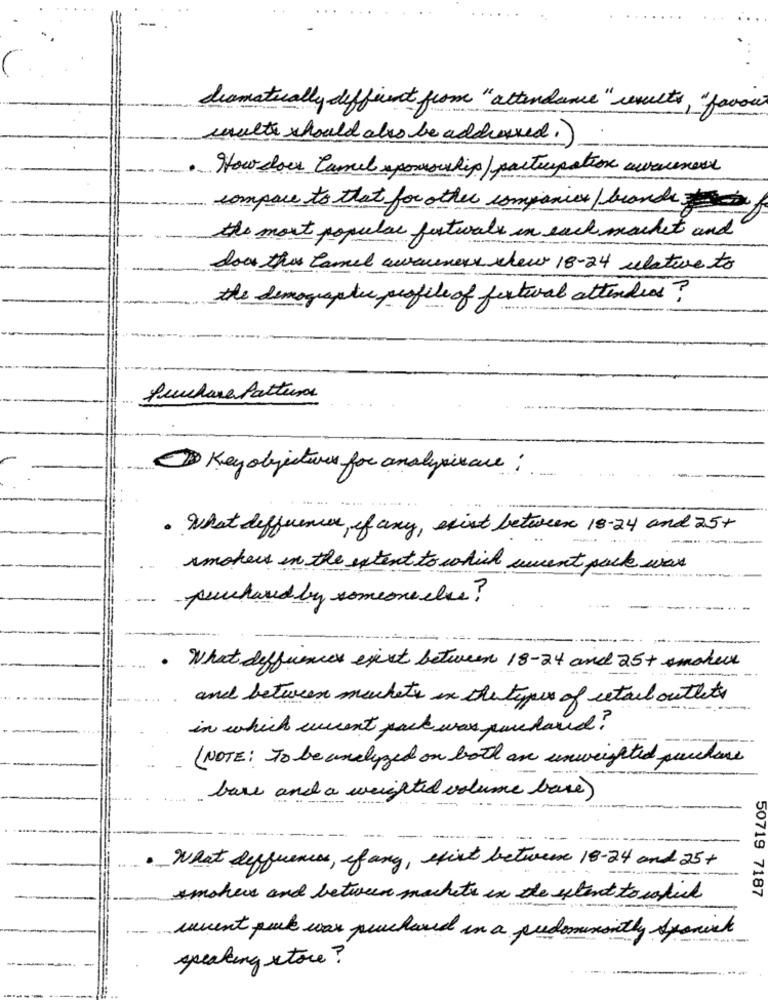
dramatically different from "attendance" results, " favor
wulte should also be addressed.)
How does Camel sponsorship/ participation awareness
compare to that for other companies/ brands
the most popular festwalk in each market and
does this camel awareness shew 18-24 relative to
the demographic profile of festival attendees?
fruhave fattura
Key objectives for analysisace:
-
· What differences, if any, exist between 18-24 and 25+
--
-
smokers in the extent to which current pack was
purchased by someone else ?
· What differences exit between 18-24 and 25+ smaker
and between machetes in the types of retail outlets
in which werent pack was purchased?
(NOTE: To be analyzed on both are unweighted purchase
base and a weighted volume base)
What differences, if any, sfixt between 18-24 and 25+
smohere and between machets in the extent to sakicl
50719 7187
---
muent pack was purchased in a predominantly Spanish
speaking xtore ?